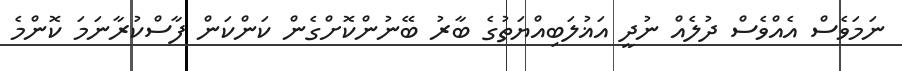
ނަމަވެސް އެއްވެސް ދުލެއް ނުދީ އަޣުލަބިއްޔަތުގެ ބާރު ބޭނުންކޮށްގެން ކަންކަން ފާސްކުރާނަމަ ކޮންމެ